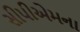
સીપીએમના